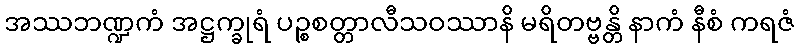
အဿဘဏ္ဍကံ အဋ္ဌက္ခုရံ ပဉ္စစတ္တာလီသဝဿာနိ မရိတဗ္ဗန္တိ နာကံ နီစံ ကရဇံ